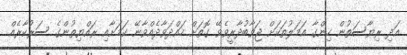
އަދި ރިޔާސަތުން ހިންގާ އަމަލުތަކަށް ޖަވާބުދާރީވެވޭ ގޮތަށް ހައްދަވާދެއްވާނޭ ކަމަށާއި ރައްޔިތުންގެ ސަރުކާރެއް